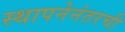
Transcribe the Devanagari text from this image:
स्थापनेनंतरची